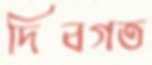
দিবগত